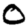
Digit: 0